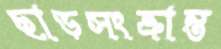
ছাড়সংক্রান্ত